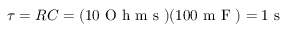
\tau = R C = ( 1 0 \mathrm { ~ O ~ h ~ m ~ s ~ } ) ( 1 0 0 \mathrm { ~ m ~ F ~ } ) = 1 \mathrm { ~ s ~ }